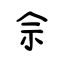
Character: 佘